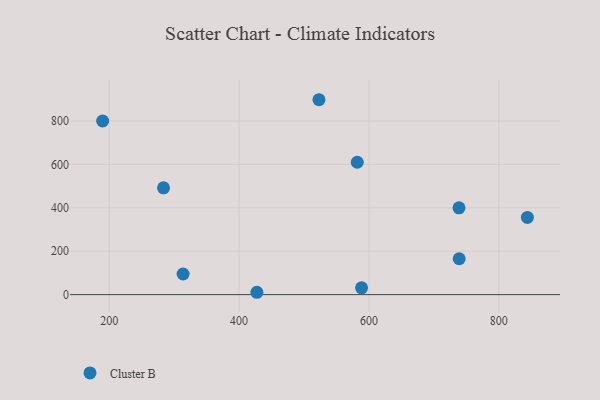
{"axis": {"x": "Experience", "y": "Fuel Efficiency"}, "legend": ["Cluster B"], "data": [{"x": "313.8", "y": 95.0, "type": "Cluster B"}, {"x": "189.9", "y": 800.1, "type": "Cluster B"}, {"x": "283.7", "y": 492.2, "type": "Cluster B"}, {"x": "738.9", "y": 165.4, "type": "Cluster B"}, {"x": "523.0", "y": 898.1, "type": "Cluster B"}, {"x": "427.4", "y": 10.9, "type": "Cluster B"}, {"x": "843.9", "y": 356.0, "type": "Cluster B"}, {"x": "582.0", "y": 610.1, "type": "Cluster B"}, {"x": "588.6", "y": 31.4, "type": "Cluster B"}, {"x": "738.6", "y": 400.2, "type": "Cluster B"}]}